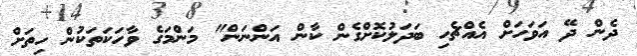
ދެން ދޭ އަވަހަށް އެއްޗެހި ބަދަލުކޮށްގެން ކާން އަންނަން" މަންމަގެ ވާހަކަތަކުން ހިތަށް